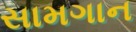
સામગાન